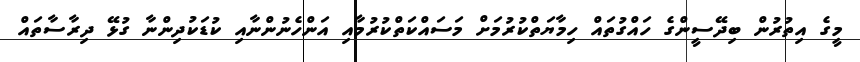
މީގެ އިތުރުން ބިދޭސީންގެ ހައްގުތައް ހިމާޔަތްކުރުމަށް މަސައްކަތްކުރުމާއި އަންހެނުންނާއި ކުޑަކުދިންނާ ގުޅޭ ދިރާސާތައް